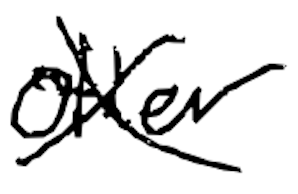
Text: other
Cross-out: cross
Writing tool: digital_black